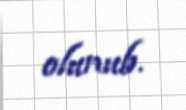
olunub.